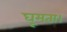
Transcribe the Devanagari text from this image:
घूमता।